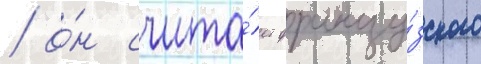
/ о́н счита́ет францу́зского